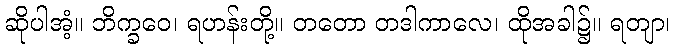
ဆိုပါအံ့။ ဘိက္ခဝေ၊ ရဟန်းတို့။ တတော တဒါကာလေ၊ ထိုအခါ၌။ ရတျာ၊